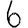
Digit: 6